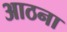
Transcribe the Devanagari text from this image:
आठना